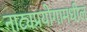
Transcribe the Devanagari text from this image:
नाट्यप्रयोगामधील